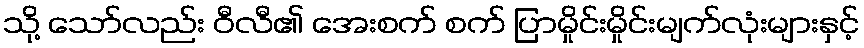
သို့ သော်လည်း ဝီလီ၏ အေးစက် စက် ပြာမှိုင်းမှိုင်းမျက်လုံးများနှင့်